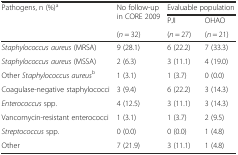
<table><thead><tr><td rowspan="3"><b>Pathogens, n (%)<sup>a</sup></b></td><td rowspan="2"><b>No follow-up in CORE 2009</b></td><td colspan="2"><b>Evaluable population</b></td></tr><tr><td><b>PJI</b></td><td><b>OHAO</b></td></tr><tr><td><b>(<i>n</i> = 32)</b></td><td><b>(<i>n</i> = 27)</b></td><td><b>(<i>n</i> = 21)</b></td></tr></thead><tbody><tr><td><i>Staphylococcus aureus</i> (MRSA)</td><td>9 (28.1)</td><td>6 (22.2)</td><td>7 (33.3)</td></tr><tr><td><i>Staphylococcus aureus</i> (MSSA)</td><td>2 (6.3)</td><td>3 (11.1)</td><td>4 (19.0)</td></tr><tr><td>Other <i>Staphylococcus aureus</i><sup>b</sup></td><td>1 (3.1)</td><td>1 (3.7)</td><td>0 (0.0)</td></tr><tr><td>Coagulase-negative staphylococci</td><td>3 (9.4)</td><td>6 (22.2)</td><td>3 (14.3)</td></tr><tr><td><i>Enterococcus</i> spp.</td><td>4 (12.5)</td><td>3 (11.1)</td><td>3 (14.3)</td></tr><tr><td>Vancomycin-resistant enterococci</td><td>1 (3.1)</td><td>1 (3.7)</td><td>2 (9.5)</td></tr><tr><td><i>Streptococcus</i> spp.</td><td>0 (0.0)</td><td>0 (0.0)</td><td>1 (4.8)</td></tr><tr><td>Other</td><td>7 (21.9)</td><td>3 (11.1)</td><td>1 (4.8)</td></tr></tbody></table>